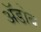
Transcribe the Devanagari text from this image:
अॅडोब